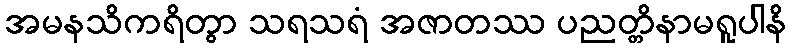
အမနသိကရိတွာ သရသရံ အဇာတဿ ပညတ္တိနာမရူပါနိ